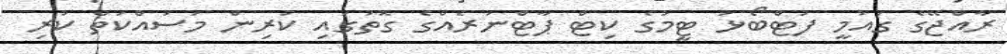
ރާއްޖޭގެ ގައުމީ ފުޓްބޯޅަ ޓީމުގެ ކިޓް ޕާޓްނަރެއްގެ ގޮތުގައި ކުރިން މަސައްކަތް ކުރި